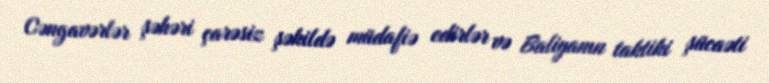
Cəngavərlər şəhəri çarəsiz şəkildə müdafiə edirlər və Baliyanın taktiki şücaəti